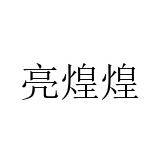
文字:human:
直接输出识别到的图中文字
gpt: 亮煌煌